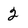
Character: 2